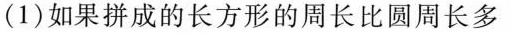
(1)如果拼成的长方形的周长比圆周长多